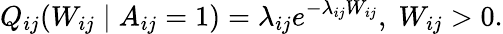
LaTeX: Q_{ij}(W_{ij}\mid A_{ij}=1)=\lambda_{ij}e^{-\lambda_{ij}W_{ij}},\; W_{ij}>0.